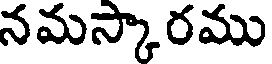
నమస్కారము